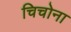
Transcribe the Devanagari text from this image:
चिचोना